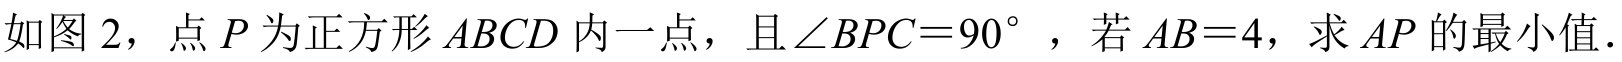
如图2，点\(P\)为正方形\(ABCD\)内一点，且\(\angle BPC = 90^{\circ}\)，若\(AB = 4\)，求\(AP\)的最小值．